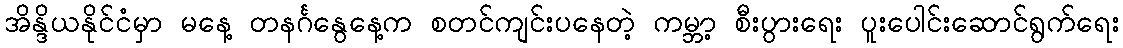
အိန္ဒိယနိုင်ငံမှာ မနေ့ တနင်္ဂနွေနေ့က စတင်ကျင်းပနေတဲ့ ကမ္ဘာ့ စီးပွားရေး ပူးပေါင်းဆောင်ရွက်ရေး